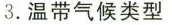
3.温带气候类型